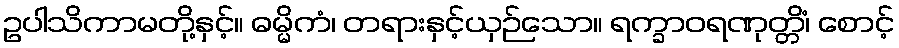
ဥပါသိကာမတို့နှင့်။ ဓမ္မိကံ၊ တရားနှင့်ယှဉ်သော။ ရက္ခာဝရဏုတ္တိံ၊ စောင့်